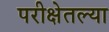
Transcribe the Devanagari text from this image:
परीक्षेतल्या